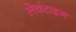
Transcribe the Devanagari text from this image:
लेवंटाइन